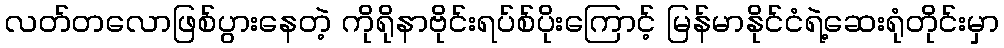
လတ်တလောဖြစ်ပွားနေတဲ့ ကိုရိုနာဗိုင်းရပ်စ်ပိုးကြောင့် မြန်မာနိုင်ငံရဲ့ဆေးရုံတိုင်းမှာ